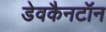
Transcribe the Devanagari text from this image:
डेवकैनटॉन